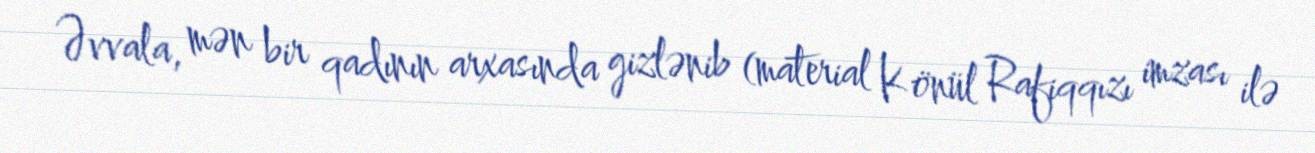
Əvvala, mən bir qadının arxasında gizlənib (material Könül Rafiqqızı imzası ilə